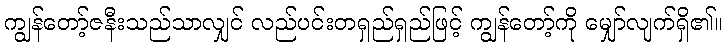
ကျွန်တော့်ဇနီးသည်သာလျှင် လည်ပင်းတရှည်ရှည်ဖြင့် ကျွန်တော့်ကို မျှော်လျက်ရှိ၏။